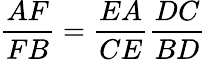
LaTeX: {\frac{AF}{FB}}={\frac{EA}{CE}}{\frac{DC}{BD}}